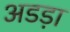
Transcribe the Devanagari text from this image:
अडड़ा